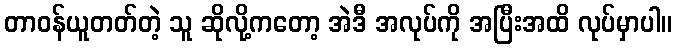
တာဝန်ယူတတ်တဲ့ သူ ဆိုလို့ကတော့ အဲဒီ အလုပ်ကို အပြီးအထိ လုပ်မှာပါ။